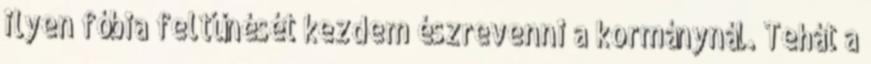
ilyen fóbia feltűnését kezdem észrevenni a kormánynál. Tehát a